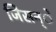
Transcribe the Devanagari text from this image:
जिसन्े